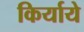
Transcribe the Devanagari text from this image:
किर्याये